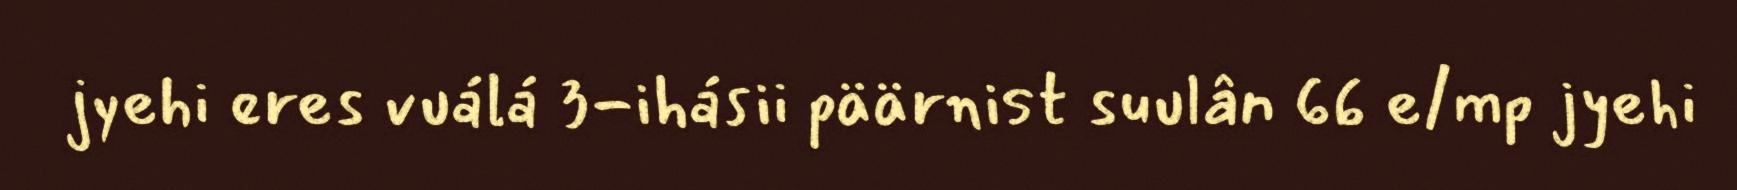
jyehi eres vuálá 3-ihásii päärnist suulân 66 e/mp jyehi